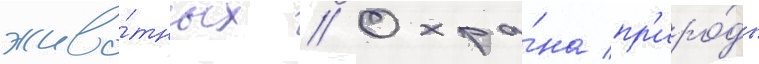
живо́тных // Охра́на пр'иро́ды